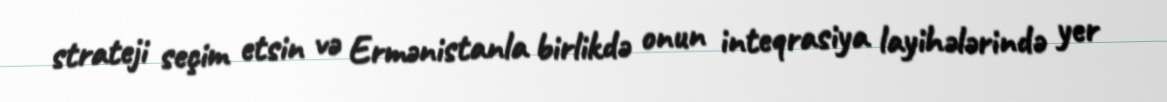
strateji seçim etsin və Ermənistanla birlikdə onun inteqrasiya layihələrində yer